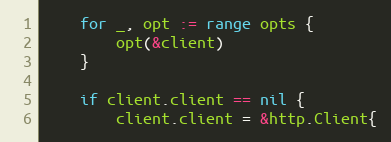
Language: Go
	for _, opt := range opts {
		opt(&client)
	}

	if client.client == nil {
		client.client = &http.Client{